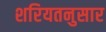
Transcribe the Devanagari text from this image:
शरियतनुसार